Leprosy in India: report of the Leprosy Commission in India, 1890-91
Year: 1890
Disease focus: Leprosy
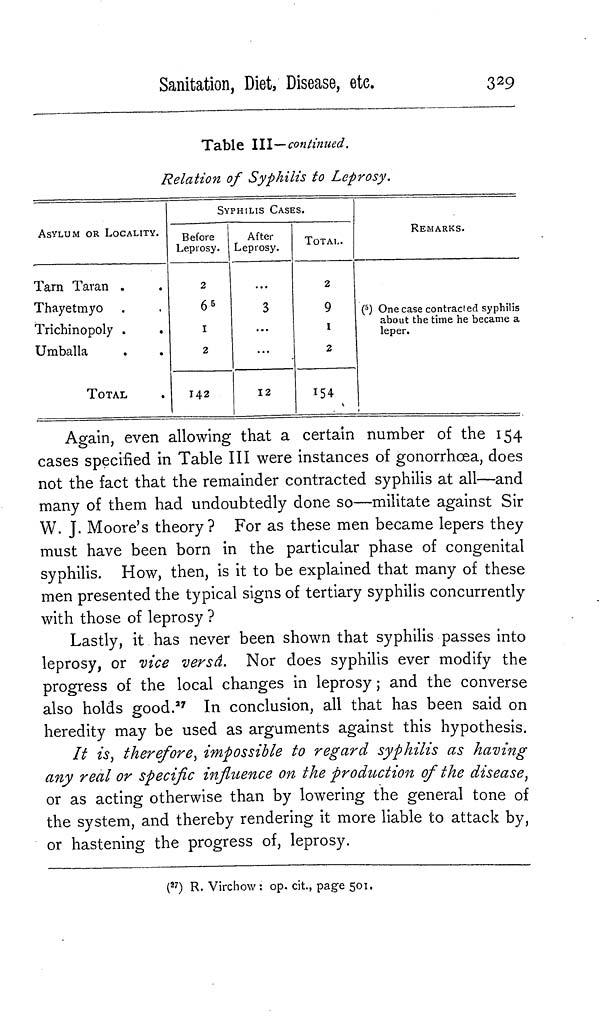
Sanitation, Diet, Disease, etc.
329
Table III—continued.
Relation of Syphilis to Leprosy.
ASYLUM OR LOCALITY.
Tarn Taran .
Thayetmyo
Trichinopoly .
.
Umballa
,
.
TOTAL
Before
Leprosy
2
6 5
1
2
142
SYPHILIS CASES
After
Leprosy.
...
3
...
•••
12
•
TOTAL.
2
9
1
2
REMARKS.
( 5 ) One case contracted syphilis
about the time he became a
leper.
Again, even allowing that a certain number of the 154
cases specified in Table III were instances of gonorrhoea, does
not the fact that the remainder contracted syphilis at all—and
many of them had undoubtedly done so—militate against Sir
W. J. Moore's theory? For as these men became lepers they
must have been born in the particular phase of congenital
syphilis. How, then, is it to be explained that many of these
men presented the typical signs of tertiary syphilis concurrently
with those of leprosy ?
Lastly, it has never been shown that syphilis passes into
leprosy, or vice versâ. Nor does syphilis ever modify the
progress of the local changes in leprosy ; and the converse
also holds good. 27 In conclusion, all that has been said on
heredity may be used as arguments against this hypothesis.
It is, therefore, impossible to regard syphilis as having
any real or specific influence on the production of the disease,
or as acting otherwise than by lowering the general tone of
the system, and thereby rendering it more liable to attack by,
or hastening the progress of, leprosy.
( 27 ) R. Virchow: op. cit., page 501.